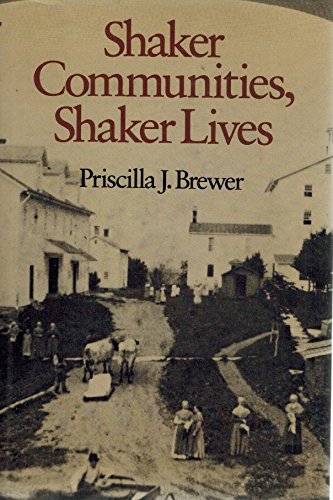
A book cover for SHAKER COMMUNITIES, SHAKER LIVES; Priscilla J. Brewer; Christian Books & Bibles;